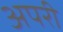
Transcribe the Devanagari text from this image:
अपरी